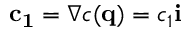
\mathbf { c _ { 1 } } = \nabla c ( \mathbf { q } ) = c _ { 1 } \mathbf { i }